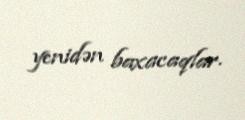
yenidən baxacaqlar.